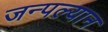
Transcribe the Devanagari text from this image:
जन्पल्यान